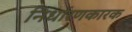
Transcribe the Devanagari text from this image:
निर्धारणकारक